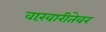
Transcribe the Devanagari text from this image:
वारंवारीतेवर